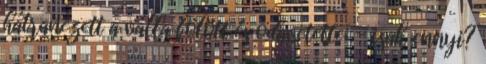
hátranézett a válla fölött és odavetette: - csak ennyi?